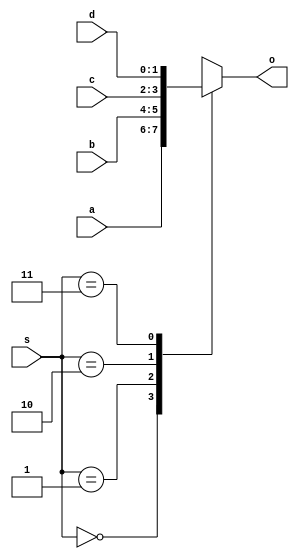
module mux_Case(a,b,c,d,s,o);
input [1:0] a,b,c,d,s;
output reg [1:0] o;

always @ (a or b or c or d or s)
begin
  case(s)
  2'b00 : begin
    o <= a; 
  end
  2'b01 : begin
    o <= b;
  end
  2'b10 : begin
    o <= c;
  end
  2'b11 : begin
    o <= d;
  end
  default : begin
    o <= 2'b00;
  end
  endcase
end

endmodule